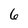
Character: 6